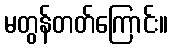
မတွန်တတ်ကြောင်း။